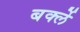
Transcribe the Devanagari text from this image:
बर्क्ले